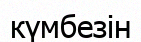
күмбезін